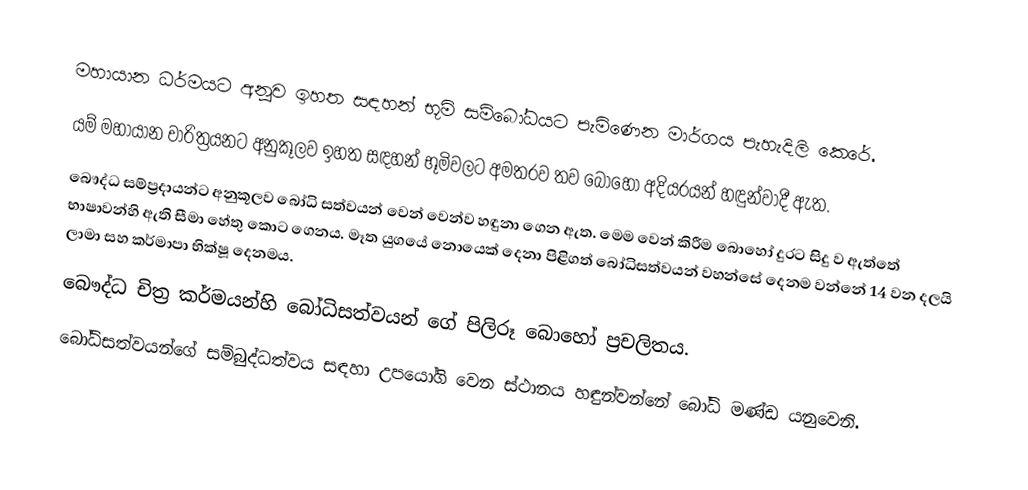
මහායාන ධර්මයට අනූව ඉහත සඳහන් භූමි සම්බෝධයට පැමිණෙන මාර්ගය පැහැදිලි කෙරේ.
යම් මහායාන චාරිත්‍රයනට අනුකූලව ඉහත සඳහන් භූමිවලට අමතරව තව බොහෝ අදියරයන් හඳුන්වාදී ඇත.
බෞද්ධ සම්ප්‍රදායන්ට අනුකූලව බෝධි සත්වයන් වෙන් වෙන්ව හඳුනා ගෙන ඇත. මෙම වෙන් කිරීම බොහෝ දුරට සිදු ව ඇත්තේ භාෂාවන්හි ඇති සීමා හේතු කොට ගෙනය. මෑත යුගයේ නොයෙක් දෙනා පිළිගත් බෝධිසත්වයන් වහන්සේ දෙනම වන්නේ 14 වන දලයි ලාමා සහ කර්මාපා භික්ෂූ දෙනමය.
බෞද්ධ චිත්‍ර කර්මයන්හි බෝධිසත්වයන් ගේ පිලිරූ බොහෝ ප්‍රචලිතය.
බෝධිසත්වයන්ගේ සම්බුද්ධත්වය සඳහා උපයෝගි වෙන ස්ථානය හඳුන්වන්නේ බෝධි මණ්ඩ යනුවෙනි.